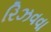
રિઝવવા